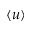
\langle { u } \rangle